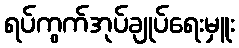
ရပ်ကွက်အုပ်ချုပ်ရေးမှူး